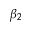
\beta _ { 2 }